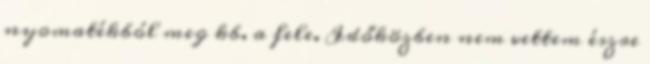
nyomatékból meg kb. a fele. Időközben nem vettem észre